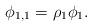
LaTeX: \begin{align*}\phi_{1,1} = \rho_{1} \phi_{1}. \end{align*}